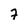
Character: 7